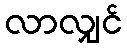
လာလျှင်